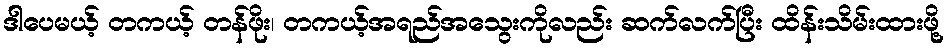
ဒါပေမယ့် တကယ့် တန်ဖိုး၊ တကယ့်အရည်အသွေးကိုလည်း ဆက်လက်ပြီး ထိန်းသိမ်းထားဖို့